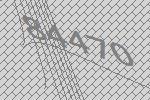
84470